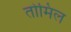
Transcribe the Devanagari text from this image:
तोमिल